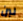
لبن